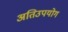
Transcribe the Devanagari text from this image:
अतिउपयोग